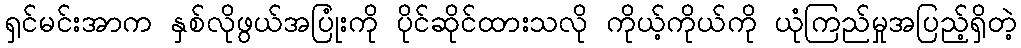
ရှင်မင်းအာက နှစ်လိုဖွယ်အပြုံးကို ပိုင်ဆိုင်ထားသလို ကိုယ့်ကိုယ်ကို ယုံကြည်မှုအပြည့်ရှိတဲ့